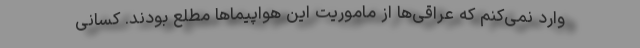
وارد نمی‌کنم که عراقی‌ها از ماموریت این هواپیماها مطلع بودند. کسانی